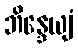
ဘိန္ဒေယျံ